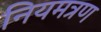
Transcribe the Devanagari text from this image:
नियमत्रण